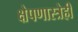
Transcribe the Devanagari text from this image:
क्षेपणास्त्रेही